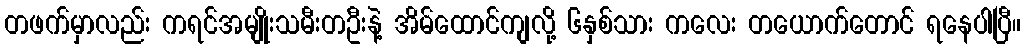
တဖက်မှာလည်း ကရင်အမျိုးသမီးတဦးနဲ့ အိမ်ထောင်ကျလို့ ၆နှစ်သား ကလေး တယောက်တောင် ရနေပါပြီ။